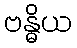
ဗန္ဓိယ